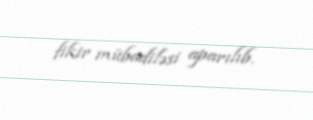
fikir mübadiləsi aparılıb.